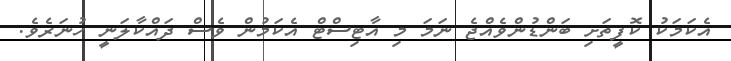
އެކަމަކު ކޮފީތަށި ބަންޑުންވެއްޖެ ނަމަ މި އާޓިސްޓް އެކަމުން ވެސް ދައްކާލަނީ ހުނަރެވެ.